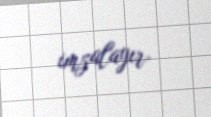
imzalayır.